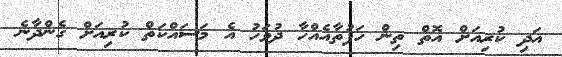
އަދި ކުރިއަށް އޮތް ތިން ހަފުތާއެއްހާ ދުވަހު އެ މަސައްކަތް ކުރިއަށް ގެންދާނެ